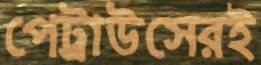
পেট্রাউসেরই